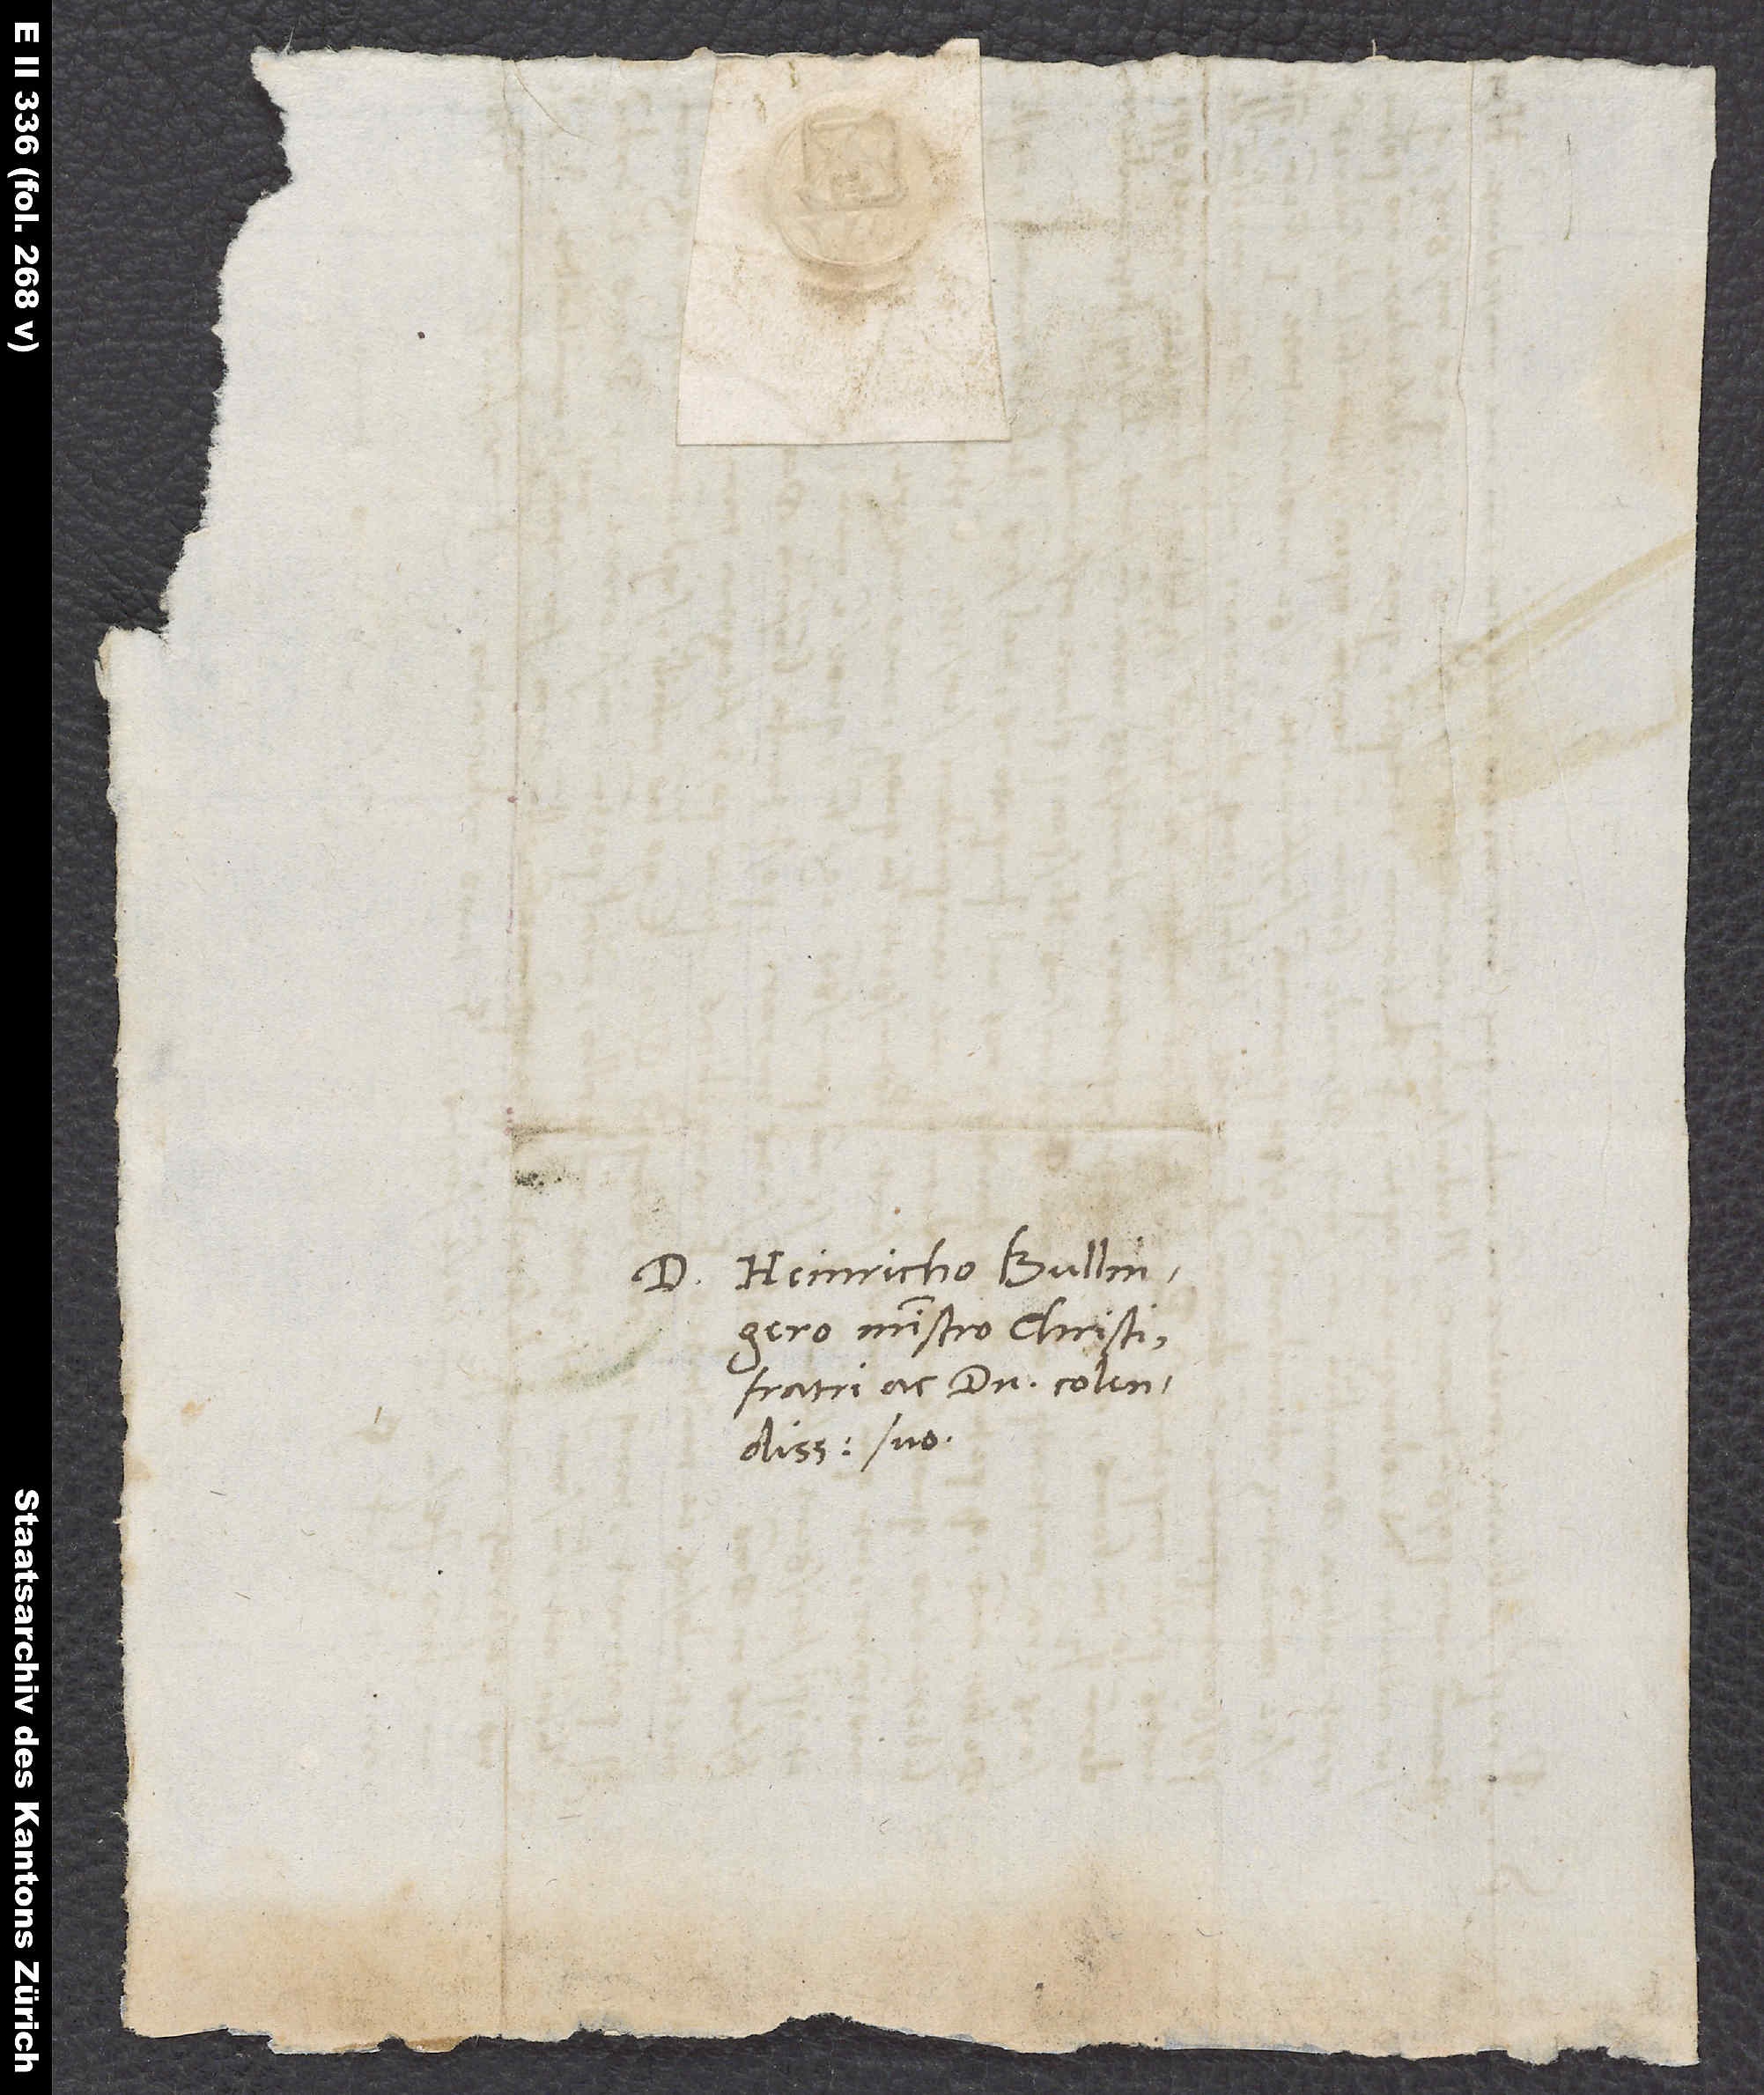
D.

Heinricho Bullingero,
ministro Christi,
fratri ac domino colendissimo
suo.